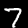
Digit: 7